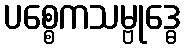
ပစ္စေကသမ္ဗုဒ္ဓေ